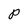
Character: P